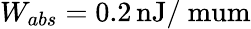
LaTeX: W_{abs}=0.2\, \mathrm{nJ/\ mu\mathrm{m}}